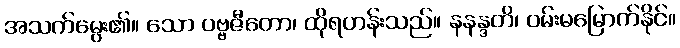
အသက်မွေး၏။ သော ပဗ္ဗဇီတော၊ ထိုရဟန်းသည်။ နနန္ဒတိ၊ ဝမ်းမမြောက်နိုင်။